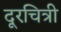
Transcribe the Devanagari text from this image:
दूरचित्री